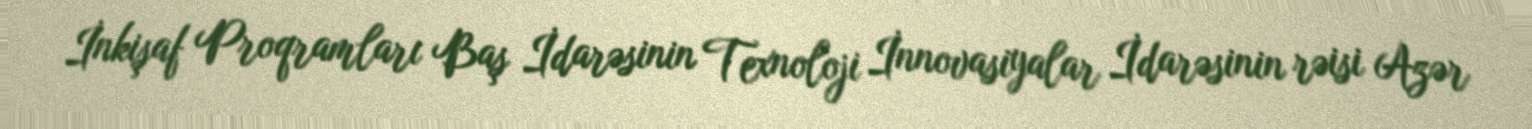
İnkişaf Proqramları Baş İdarəsinin Texnoloji İnnovasiyalar İdarəsinin rəisi Azər